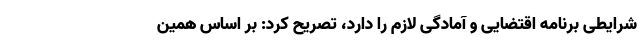
شرایطی برنامه اقتضایی و آمادگی لازم را دارد، تصریح کرد: بر اساس همین